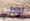
لوطي